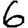
Digit: 6